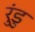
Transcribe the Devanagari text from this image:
रुंडु